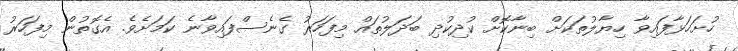
ހުށަހަޅާފައިވާ ހިޔާލުތަކަށް ބިނާކޮށް ކުދިކުދި ބަދަލުތައް މިފަހަރު ގެނެސްފައިވާނެ ކަމަށެވެ. އެގޮތުން މިފަހަރު